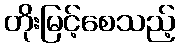
တိုးမြင့်စေသည့်